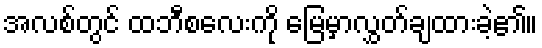
အလစ်တွင် ထဘီစလေးကို မြေမှာလွှတ်ချထားခဲ့၏။